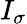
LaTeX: I_{\sigma}